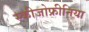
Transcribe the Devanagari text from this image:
स्‍कीजोफ्रीनिया